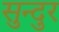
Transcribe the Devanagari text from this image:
सुन्दुर